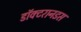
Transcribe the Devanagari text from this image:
डॉक्टरानडस